Vaccination in Bombay 1863-1868 - 1863-1868
Year: 1863
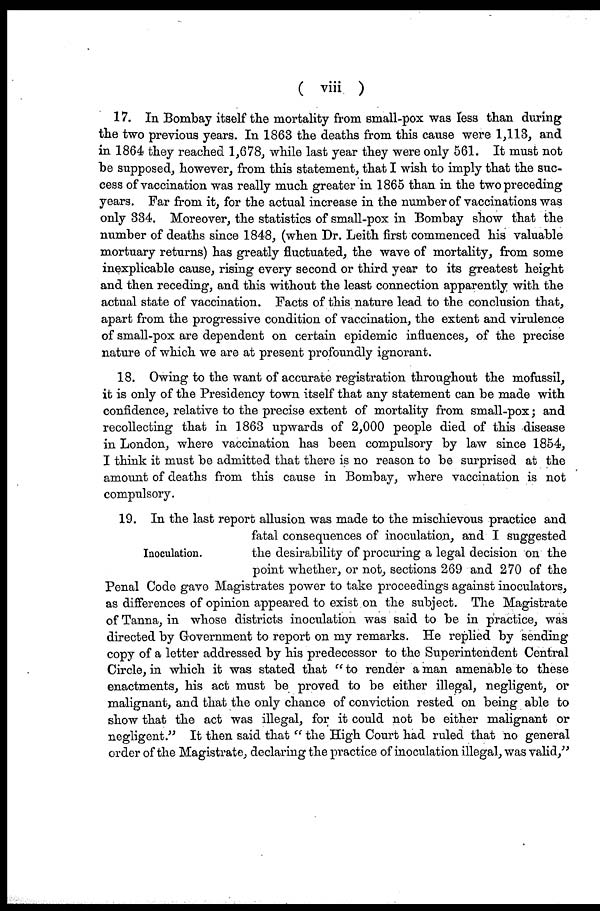
( viii )
17. In Bombay itself the mortality from small-pox was less than during
the two previous years. In 1863 the deaths from this cause were 1,113, and
in 1864 they reached 1,678, while last year they were only 561. It must not
be supposed, however, from this statement, that I wish to imply that the suc-
cess of vaccination was really much greater in 1865 than in the two preceding
years. Far from it, for the actual increase in the number of vaccinations was
only 334. Moreover, the statistics of small-pox in Bombay show that the
number of deaths since 1848, (when Dr. Leith first commenced his valuable
mortuary returns) has greatly fluctuated, the wave of mortality, from some
inexplicable cause, rising every second or third year to its greatest height
and then receding, and this without the least connection apparently with the
actual state of vaccination. Facts of this nature lead to the conclusion that,
apart from the progressive condition of vaccination, the extent and virulence
of small-pox are dependent on certain epidemic influences, of the precise
nature of which we are at present profoundly ignorant.
18. Owing to the want of accurate registration throughout the mofussil,
it is only of the Presidency town itself that any statement can be made with
confidence, relative to the precise extent of mortality from small-pox; and
recollecting that in 1863 upwards of 2,000 people died of this disease
in London, where vaccination has been compulsory by law since 1854,
I think it must be admitted that there is no reason to be surprised at the
amount of deaths from this cause in Bombay, where vaccination is not
compulsory.
Inoculation.
19. In the last report allusion was made to the mischievous practice and
fatal consequences of inoculation, and I suggested
the desirability of procuring a legal decision on the
point whether, or not, sections 269 and 270 of the
Penal Code gave Magistrates power to take proceedings against inoculators,
as differences of opinion appeared to exist on the subject. The Magistrate
of Tanna, in whose districts inoculation was said to be in practice, was
directed by Government to report on my remarks. He replied by sending
copy of a letter addressed by his predecessor to the Superintendent Central
Circle, in which it was stated that " to render a man amenable to these
enactments, his act must be proved to be either illegal, negligent, or
malignant, and that the only chance of conviction rested on being able to
show that the act was illegal, for it could not be either malignant or
negligent." It then said that " the High Court had ruled that no general
order of the Magistrate, declaring the practice of inoculation illegal, was valid,"